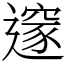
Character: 𨗉